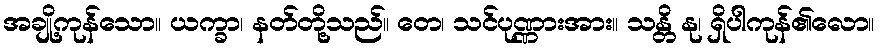
အချို့ကုန်သော။ ယက္ခာ၊ နတ်တို့သည်။ တေ၊ သင်ပုဏ္ဏားအား။ သန္တိ နု၊ ရှိပါကုန်၏လော။